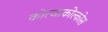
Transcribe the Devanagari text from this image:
कोत्जाकोल्कोस